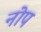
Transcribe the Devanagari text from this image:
नोप